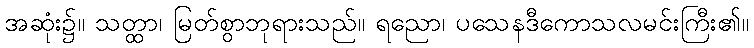
အဆုံး၌။ သတ္ထာ၊ မြတ်စွာဘုရားသည်။ ရညော၊ ပသေနဒီကောသလမင်းကြီး၏။